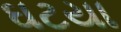
ઘટયા